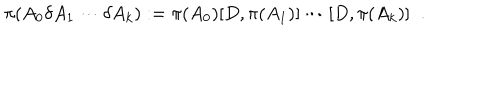
\pi ( A _ { 0 } \delta A _ { 1 } \cdots \delta A _ { k } ) : = \pi ( A _ { 0 } ) [ D , \pi ( A _ { 1 } ) ] \cdots [ D , \pi ( A _ { k } ) ] \; \; .